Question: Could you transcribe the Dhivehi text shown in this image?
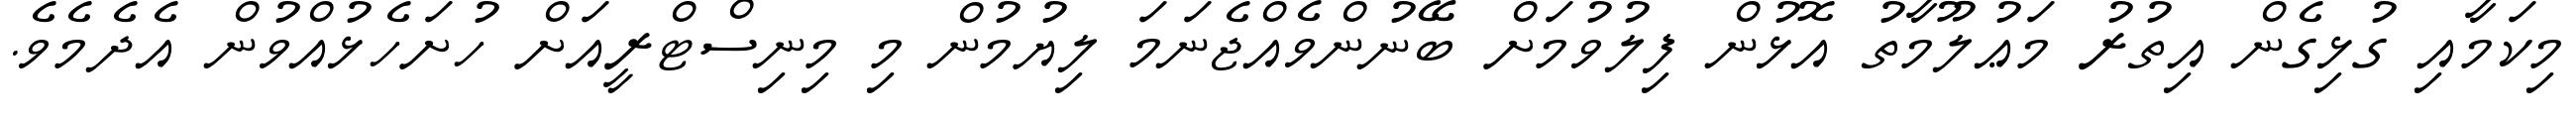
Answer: މިކަމާއި ގުޅިގެން އިތުރު މަޢުލޫމާތު އޮޅުން ފިލުވުމަށް ބޭނުންވެއްޖެނަމަ ލިޔުމުން މި މިނިސްޓްރީއަށް ހުށަހެޅުއްވުން އެދެމެވެ.